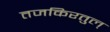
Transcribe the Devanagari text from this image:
तजकिरतुल्